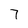
Character: 7